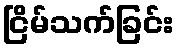
ငြိမ်သက်ခြင်း